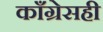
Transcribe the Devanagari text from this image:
काँग्रेसही